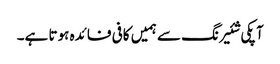
آپکی شئیرنگ سے ہمیں کافی فائدہ ہوتا ہے۔